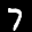
Label: 7